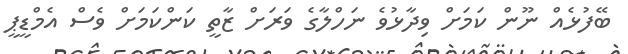
ބޭފުޅެއް ނޫން ކަމަށް ވިދާޅުވެ ނަހްލާގެ ވަރަށް ޒާތީ ކަންކަމަށް ވެސް އެމްޑީޕީ